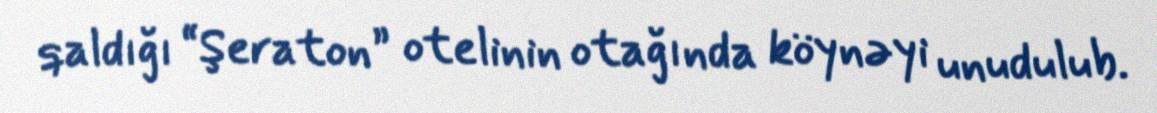
qaldığı “Şeraton” otelinin otağında köynəyi unudulub.